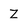
Character: z